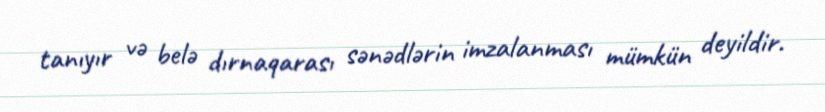
tanıyır və belə dırnaqarası sənədlərin imzalanması mümkün deyildir.